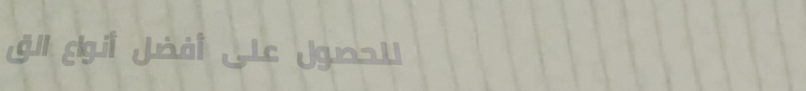
للحصول على أفضل أنواع الق